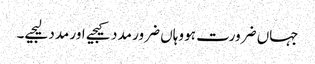
جہاں ضرورت ہو وہاں ضرور مدد کیجیے اور مدد لیجیے۔